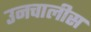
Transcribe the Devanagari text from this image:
उनचालीस